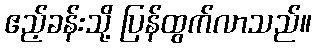
ဧည့်ခန်းသို့ ပြန်ထွက်လာသည်။